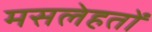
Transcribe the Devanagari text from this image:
मसलेहतों